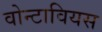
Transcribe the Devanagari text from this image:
वोन्टावियस